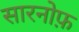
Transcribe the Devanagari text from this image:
सारनोफ़